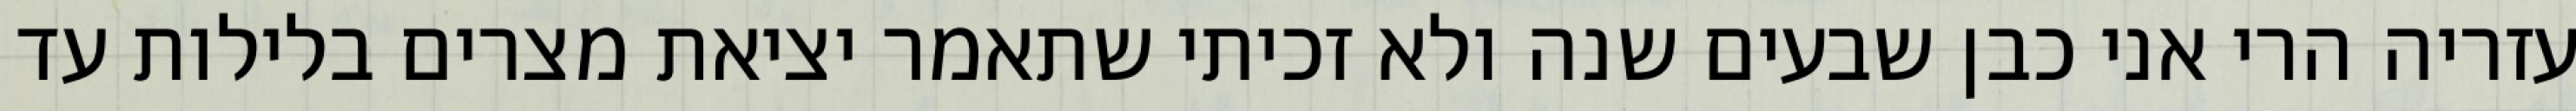
עזריה הרי אני כבן שבעים שנה ולא זכיתי שתאמר יציאת מצרים בלילות עד